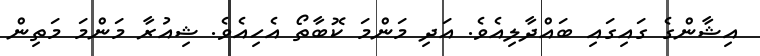
އިޝާންގެ ގައިގައި ބައްދާލިއެވެ. އަދި މަންމަ ކޮބާތޯ އެހިއެވެ. ޝިއުރާ މަންމަ މަތިން